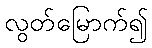
လွတ်မြောက်၍